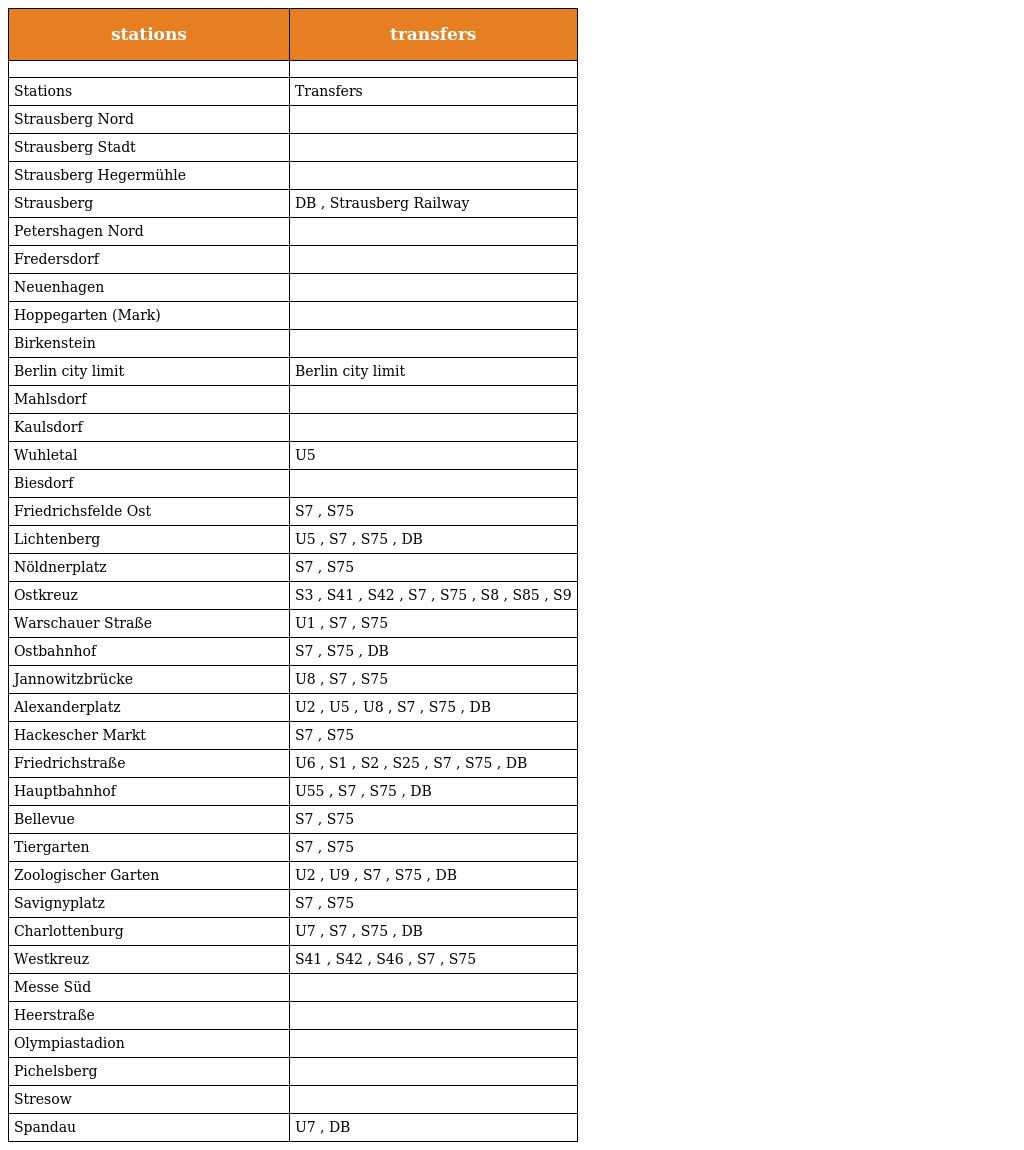
| stations | transfers |
 | --- | --- |
 |  |  |
 | Stations | Transfers |
 | Strausberg Nord |  |
 | Strausberg Stadt |  |
 | Strausberg Hegermühle |  |
 | Strausberg | DB , Strausberg Railway |
 | Petershagen Nord |  |
 | Fredersdorf |  |
 | Neuenhagen |  |
 | Hoppegarten (Mark) |  |
 | Birkenstein |  |
 | Berlin city limit | Berlin city limit |
 | Mahlsdorf |  |
 | Kaulsdorf |  |
 | Wuhletal | U5 |
 | Biesdorf |  |
 | Friedrichsfelde Ost | S7 , S75 |
 | Lichtenberg | U5 , S7 , S75 , DB |
 | Nöldnerplatz | S7 , S75 |
 | Ostkreuz | S3 , S41 , S42 , S7 , S75 , S8 , S85 , S9 |
 | Warschauer Straße | U1 , S7 , S75 |
 | Ostbahnhof | S7 , S75 , DB |
 | Jannowitzbrücke | U8 , S7 , S75 |
 | Alexanderplatz | U2 , U5 , U8 , S7 , S75 , DB |
 | Hackescher Markt | S7 , S75 |
 | Friedrichstraße | U6 , S1 , S2 , S25 , S7 , S75 , DB |
 | Hauptbahnhof | U55 , S7 , S75 , DB |
 | Bellevue | S7 , S75 |
 | Tiergarten | S7 , S75 |
 | Zoologischer Garten | U2 , U9 , S7 , S75 , DB |
 | Savignyplatz | S7 , S75 |
 | Charlottenburg | U7 , S7 , S75 , DB |
 | Westkreuz | S41 , S42 , S46 , S7 , S75 |
 | Messe Süd |  |
 | Heerstraße |  |
 | Olympiastadion |  |
 | Pichelsberg |  |
 | Stresow |  |
 | Spandau | U7 , DB |